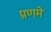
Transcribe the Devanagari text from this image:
प्रणमे